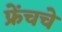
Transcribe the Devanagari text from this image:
फ्रेंचचे